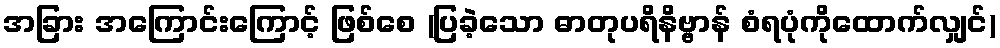
အခြား အကြောင်းကြောင့် ဖြစ်စေ (ပြခဲ့သော ဓာတုပရိနိဗ္ဗာန် စံရပုံကိုထောက်လျှင်)